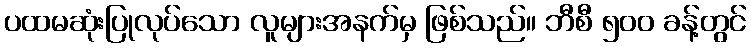
ပထမဆုံးပြုလုပ်သော လူများအနက်မှ ဖြစ်သည်။ ဘီစီ ၅၀၀ ခန့်တွင်